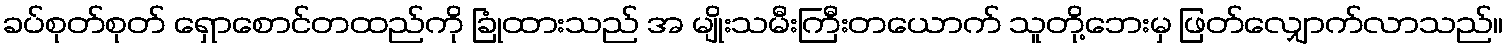
ခပ်စုတ်စုတ် ရှောစောင်တထည်ကို ခြုံထားသည် အ မျိုးသမီးကြီးတယောက် သူတို့ဘေးမှ ဖြတ်လျှောက်လာသည်။